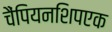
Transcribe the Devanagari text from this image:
चैंपियनशिपएक